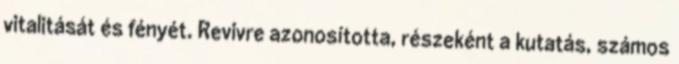
vitalitását és fényét. Revivre azonosította, részeként a kutatás, számos